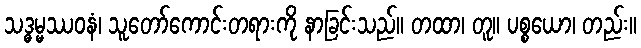
သဒ္ဓမ္မဿဝနံ၊ သူတော်ကောင်းတရားကို နာခြင်းသည်။ တထာ၊ တူ။ ပစ္စယော၊ တည်း။